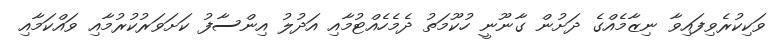
ވަކިކުރެވިފައިވާ ނިޒާމެއްގެ ދަށުން ގާނޫނީ ހުކޫމަތު ދެމެހެއްޓުމާއި އަދުލު އިންސާފު ކަށަވަރުކުރުމާއި ވައްކަމާއި